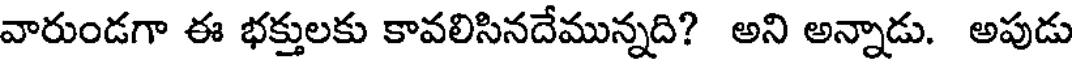
వారుండగా ఈ భక్తులకు కావలిసినదేమున్నది? అని అన్నాడు. అపుడు